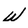
Character: W